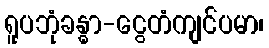
ရူပဘုံခန္ဓာ-ငွေတံကျင်ပမာ၊